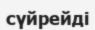
сүйрейді